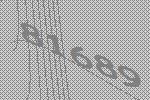
81689